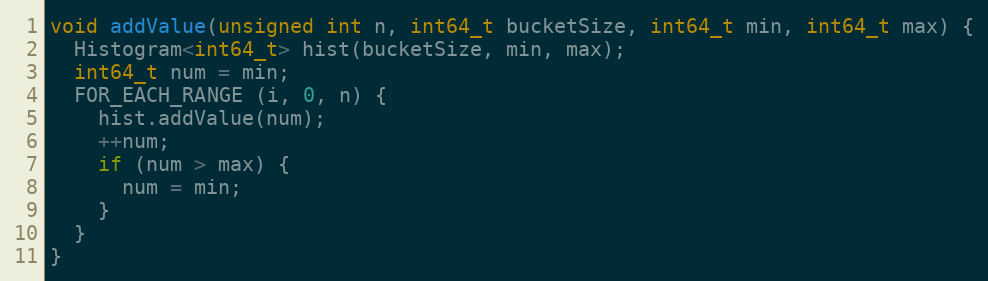
Language: C++
void addValue(unsigned int n, int64_t bucketSize, int64_t min, int64_t max) {
  Histogram<int64_t> hist(bucketSize, min, max);
  int64_t num = min;
  FOR_EACH_RANGE (i, 0, n) {
    hist.addValue(num);
    ++num;
    if (num > max) {
      num = min;
    }
  }
}